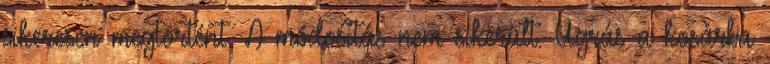
sikeresen megtörtént. A módosítás nem sikerült. Ugrás a kosárba